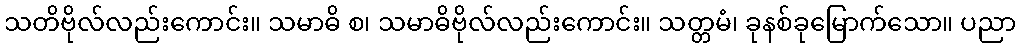
သတိဗိုလ်လည်းကောင်း။ သမာဓိ စ၊ သမာဓိဗိုလ်လည်းကောင်း။ သတ္တမံ၊ ခုနစ်ခုမြောက်သော။ ပညာ